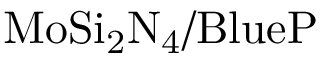
\mathrm { M o S i _ { 2 } N _ { 4 } / B l u e P }